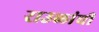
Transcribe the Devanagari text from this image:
राउळांची